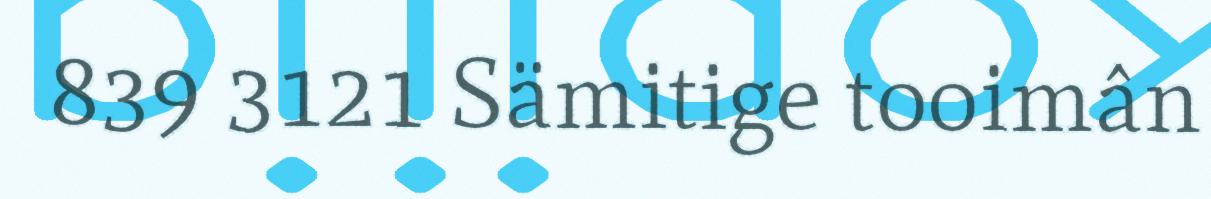
839 3121 Sämitige tooimân